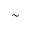
\sim